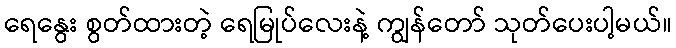
ရေနွေး စွတ်ထားတဲ့ ရေမြုပ်လေးနဲ့ ကျွန်တော် သုတ်ပေးပါ့မယ်။